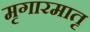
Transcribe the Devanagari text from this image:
मृगारमातृ